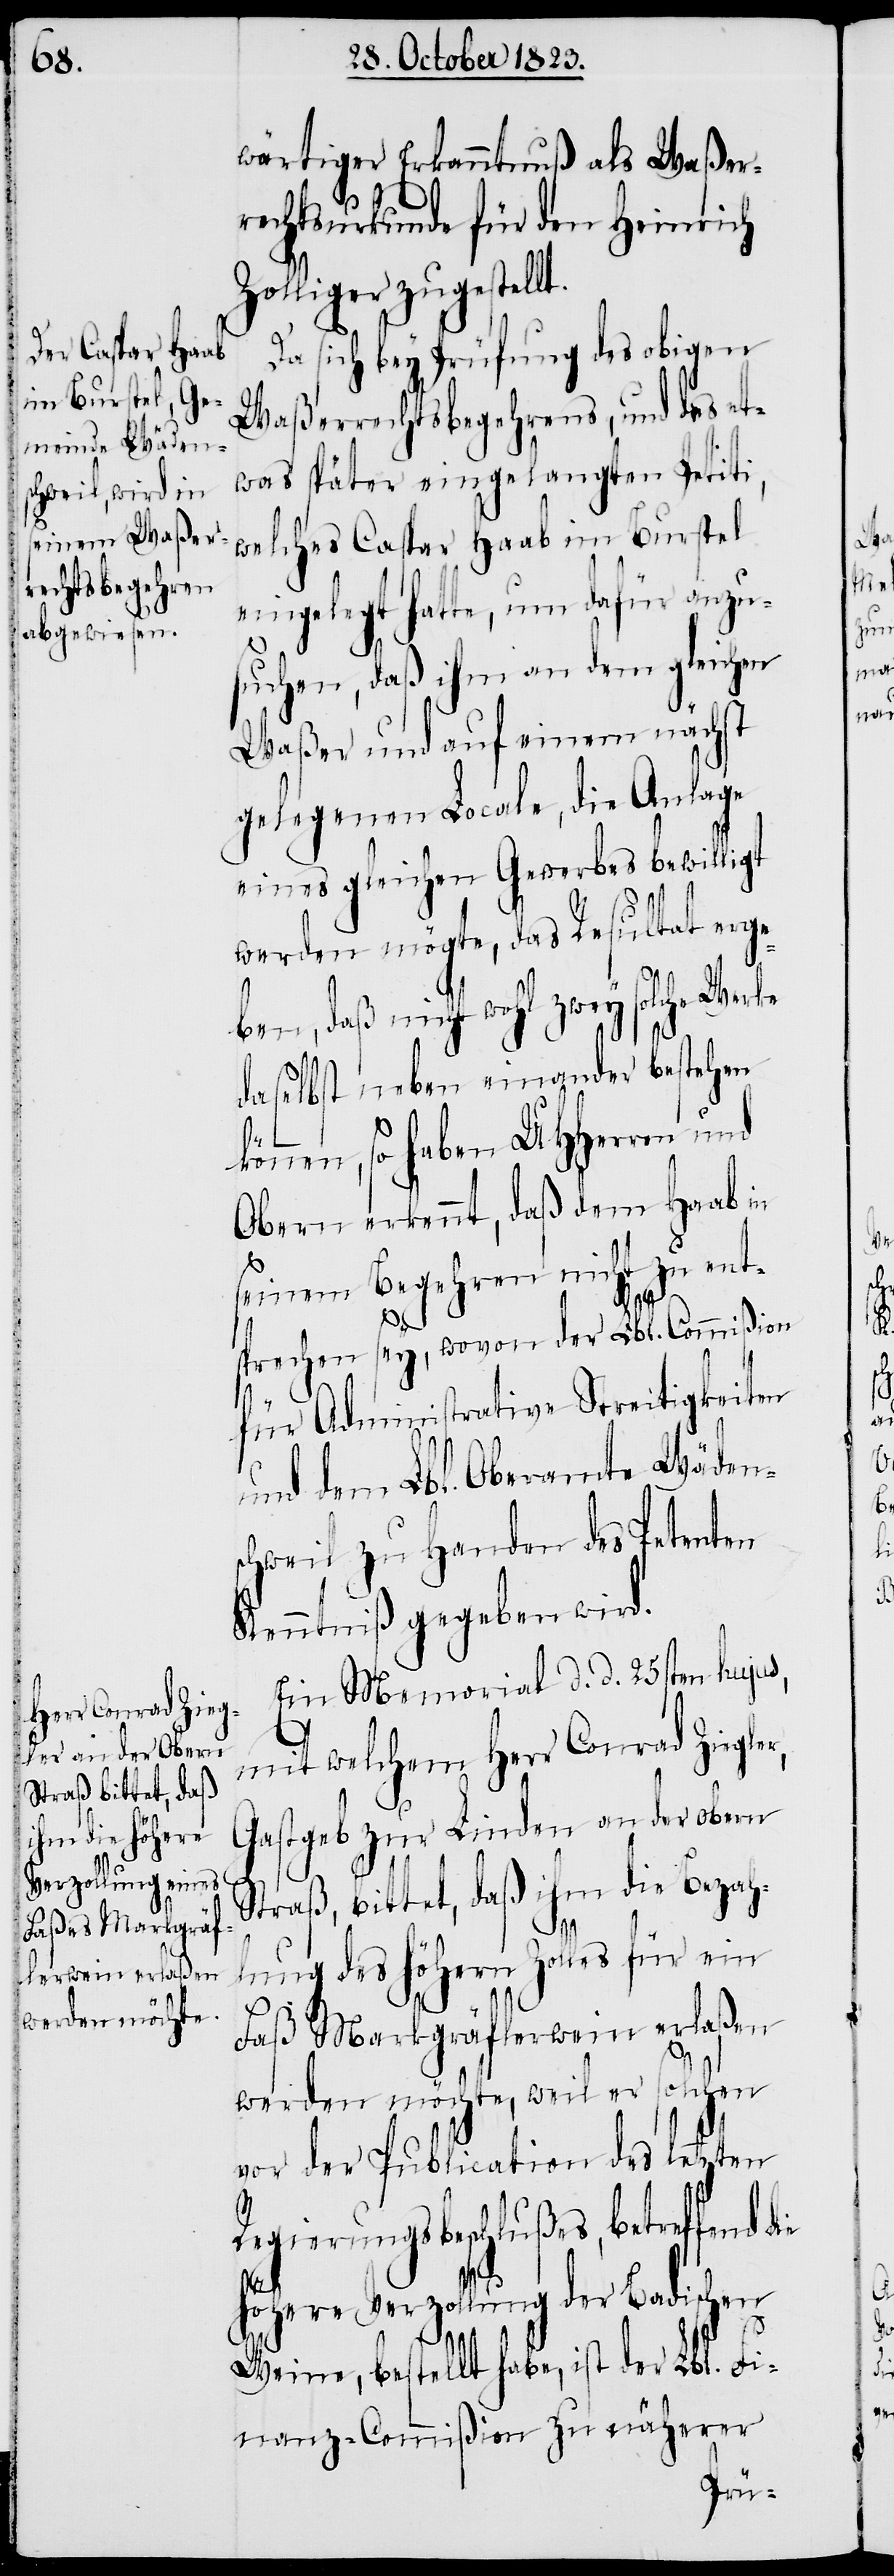
kön¬

wärtiger Erkanntnuß als Waßer¬
rechtsurkunde für den Heinrich
Zolliger zugestellt.
Da sich bey Prüfung des obigen
Waßerrechtsbegehrens, und des et¬
was später eingelangten Petiti,
welches Caspar Haab im Burstel
eingelegt hatte, um dafür anzu¬
suchen, daß ihm an dem gleichen
Waßer und auf einem nächst
gelegenen Locale, die Anlage
eines gleichen Gewerbes bewilligt
werden mögte, das Resultat erge¬
ben, daß nicht wohl zwey solche
daselbst neben einander bestehen
nen, so haben UHHerren und
Obern erkennt, daß dem Haab in
seinem Begehren nicht zu ent¬
sprechen sey, wovon der Lbl. Commißion
für Administrative Streitigkeiten
und dem Lbl. Oberamte Wäden¬
schweil zu Handen des Petenten
Kenntniß gegeben wird.
Ein Memorial d. d. 25sten hujus,
mit welchem Herr Conrad Ziegle¬
Gastgeb zur Linden an der obern
Straß, bittet, daß ihm die Bezah¬
r,
lung des höhern Zolles für ein
Faß Markgräflerwein erlaßen
werden möchte, weil er solchen
vor der Publication des letzten
Regierungsbeschlußes, betreffend
höhere Verzollung der Badischen
Weine, bestellt habe, ist der Lbl. Fi¬
nanz-Commißion zu näherer